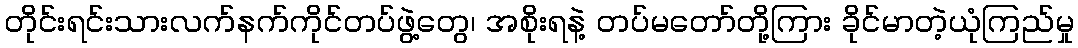
တိုင်းရင်းသားလက်နက်ကိုင်တပ်ဖွဲ့တွေ၊ အစိုးရနဲ့ တပ်မတော်တို့ကြား ခိုင်မာတဲ့ယုံကြည်မှု